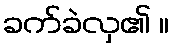
ခက်ခဲလှ၏ ။